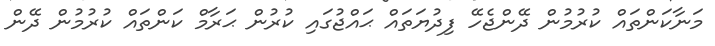
މަނާކަންތައް ކުރުމުން ދޭންޖެހޭ ފިދުޔަތައް ޙައްޖުގައި ކުރުން ޙަރާމް ކަންތައް ކުރުމުން ދޭން